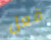
فعل